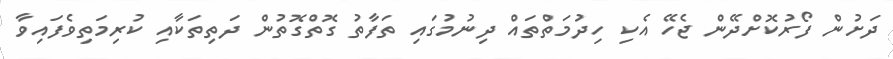
ދަށުން ފޯރުކޮށްދޭން ޖެހޭ އެކި ހިދުމަތްތައް ދިނުމުގައި ތަފާތު ގޮތްގޮތުން ދަތިތަކާއި ކުރިމަތިވެފައިވާ